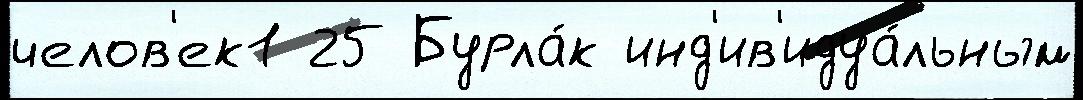
челов'ек1 25 Бурла́к инд'ив'идуа́льным